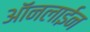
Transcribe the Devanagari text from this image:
ऑंनलाईन